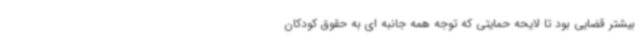
بیشتر قضایی بود تا لایحه حمایتی که توجه همه جانبه ای به حقوق کودکان